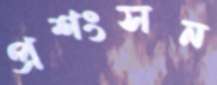
প্রশংসন